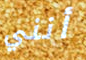
أنني